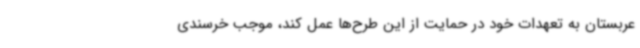
عربستان به تعهدات خود در حمایت از این طرح‌ها عمل کند، موجب خرسندی